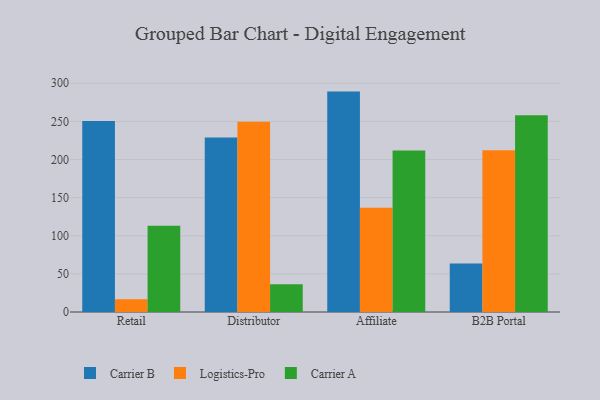
{"axis": {"x": "Channel", "y": "Bounce Rate (%)"}, "legend": ["Carrier A", "Carrier B", "Logistics-Pro"], "data": [{"x": "Retail", "y": 250.6, "type": "Carrier B"}, {"x": "Retail", "y": 16.8, "type": "Logistics-Pro"}, {"x": "Retail", "y": 113.1, "type": "Carrier A"}, {"x": "Distributor", "y": 228.9, "type": "Carrier B"}, {"x": "Distributor", "y": 249.7, "type": "Logistics-Pro"}, {"x": "Distributor", "y": 36.4, "type": "Carrier A"}, {"x": "Affiliate", "y": 289.1, "type": "Carrier B"}, {"x": "Affiliate", "y": 136.7, "type": "Logistics-Pro"}, {"x": "Affiliate", "y": 211.7, "type": "Carrier A"}, {"x": "B2B Portal", "y": 63.7, "type": "Carrier B"}, {"x": "B2B Portal", "y": 212.2, "type": "Logistics-Pro"}, {"x": "B2B Portal", "y": 258.0, "type": "Carrier A"}]}